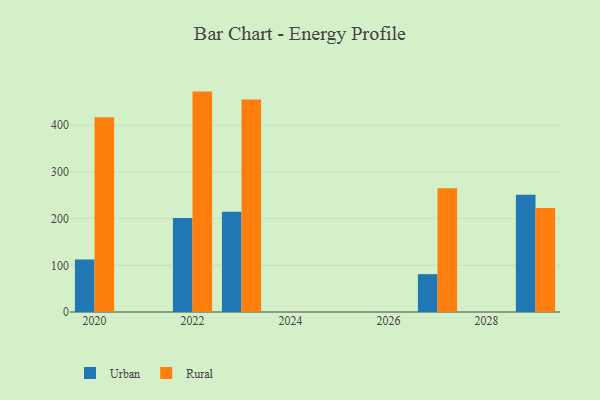
{"axis": {"x": "Year", "y": "Energy Usage (MWh)"}, "legend": ["Rural", "Urban"], "data": [{"x": "2027", "y": 81.0, "type": "Urban"}, {"x": "2027", "y": 264.8, "type": "Rural"}, {"x": "2029", "y": 250.9, "type": "Urban"}, {"x": "2029", "y": 222.8, "type": "Rural"}, {"x": "2023", "y": 214.9, "type": "Urban"}, {"x": "2023", "y": 455.2, "type": "Rural"}, {"x": "2022", "y": 201.1, "type": "Urban"}, {"x": "2022", "y": 471.9, "type": "Rural"}, {"x": "2020", "y": 112.4, "type": "Urban"}, {"x": "2020", "y": 417.1, "type": "Rural"}]}